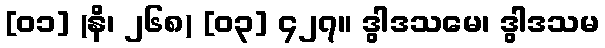
[၀၁] (နိ၊ ၂၆၈) [၀၃] ၄၂၇။ ဒွါဒသမေ၊ ဒွါဒသမ